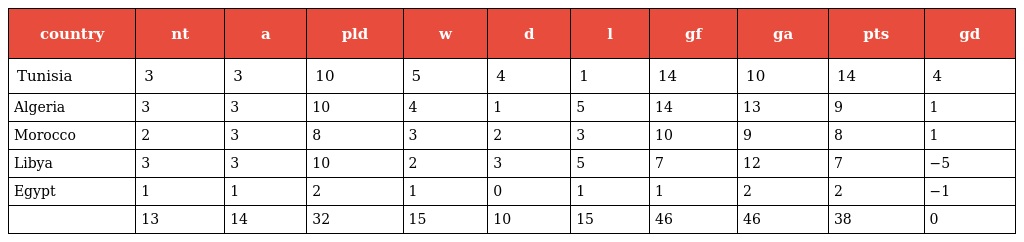
| country | nt | a | pld | w | d | l | gf | ga | pts | gd |
 | --- | --- | --- | --- | --- | --- | --- | --- | --- | --- | --- |
 | Tunisia | 3 | 3 | 10 | 5 | 4 | 1 | 14 | 10 | 14 | 4 |
 | Algeria | 3 | 3 | 10 | 4 | 1 | 5 | 14 | 13 | 9 | 1 |
 | Morocco | 2 | 3 | 8 | 3 | 2 | 3 | 10 | 9 | 8 | 1 |
 | Libya | 3 | 3 | 10 | 2 | 3 | 5 | 7 | 12 | 7 | −5 |
 | Egypt | 1 | 1 | 2 | 1 | 0 | 1 | 1 | 2 | 2 | −1 |
 |  | 13 | 14 | 32 | 15 | 10 | 15 | 46 | 46 | 38 | 0 |